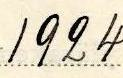
1924